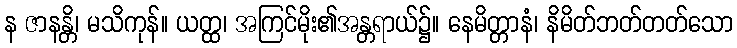
န ဇာနန္တိ၊ မသိကုန်။ ယတ္ထ၊ အကြင်မိုး၏အန္တရာယ်၌။ နေမိတ္တာနံ၊ နိမိတ်ဘတ်တတ်သော